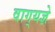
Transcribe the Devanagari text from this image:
वाग्‌यज्ञे